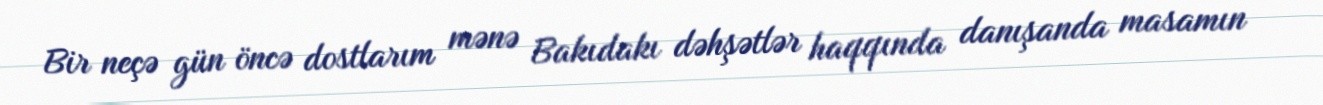
Bir neçə gün öncə dostlarım mənə Bakıdakı dəhşətlər haqqında danışanda masamın